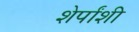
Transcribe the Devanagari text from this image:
शेर्पांशी